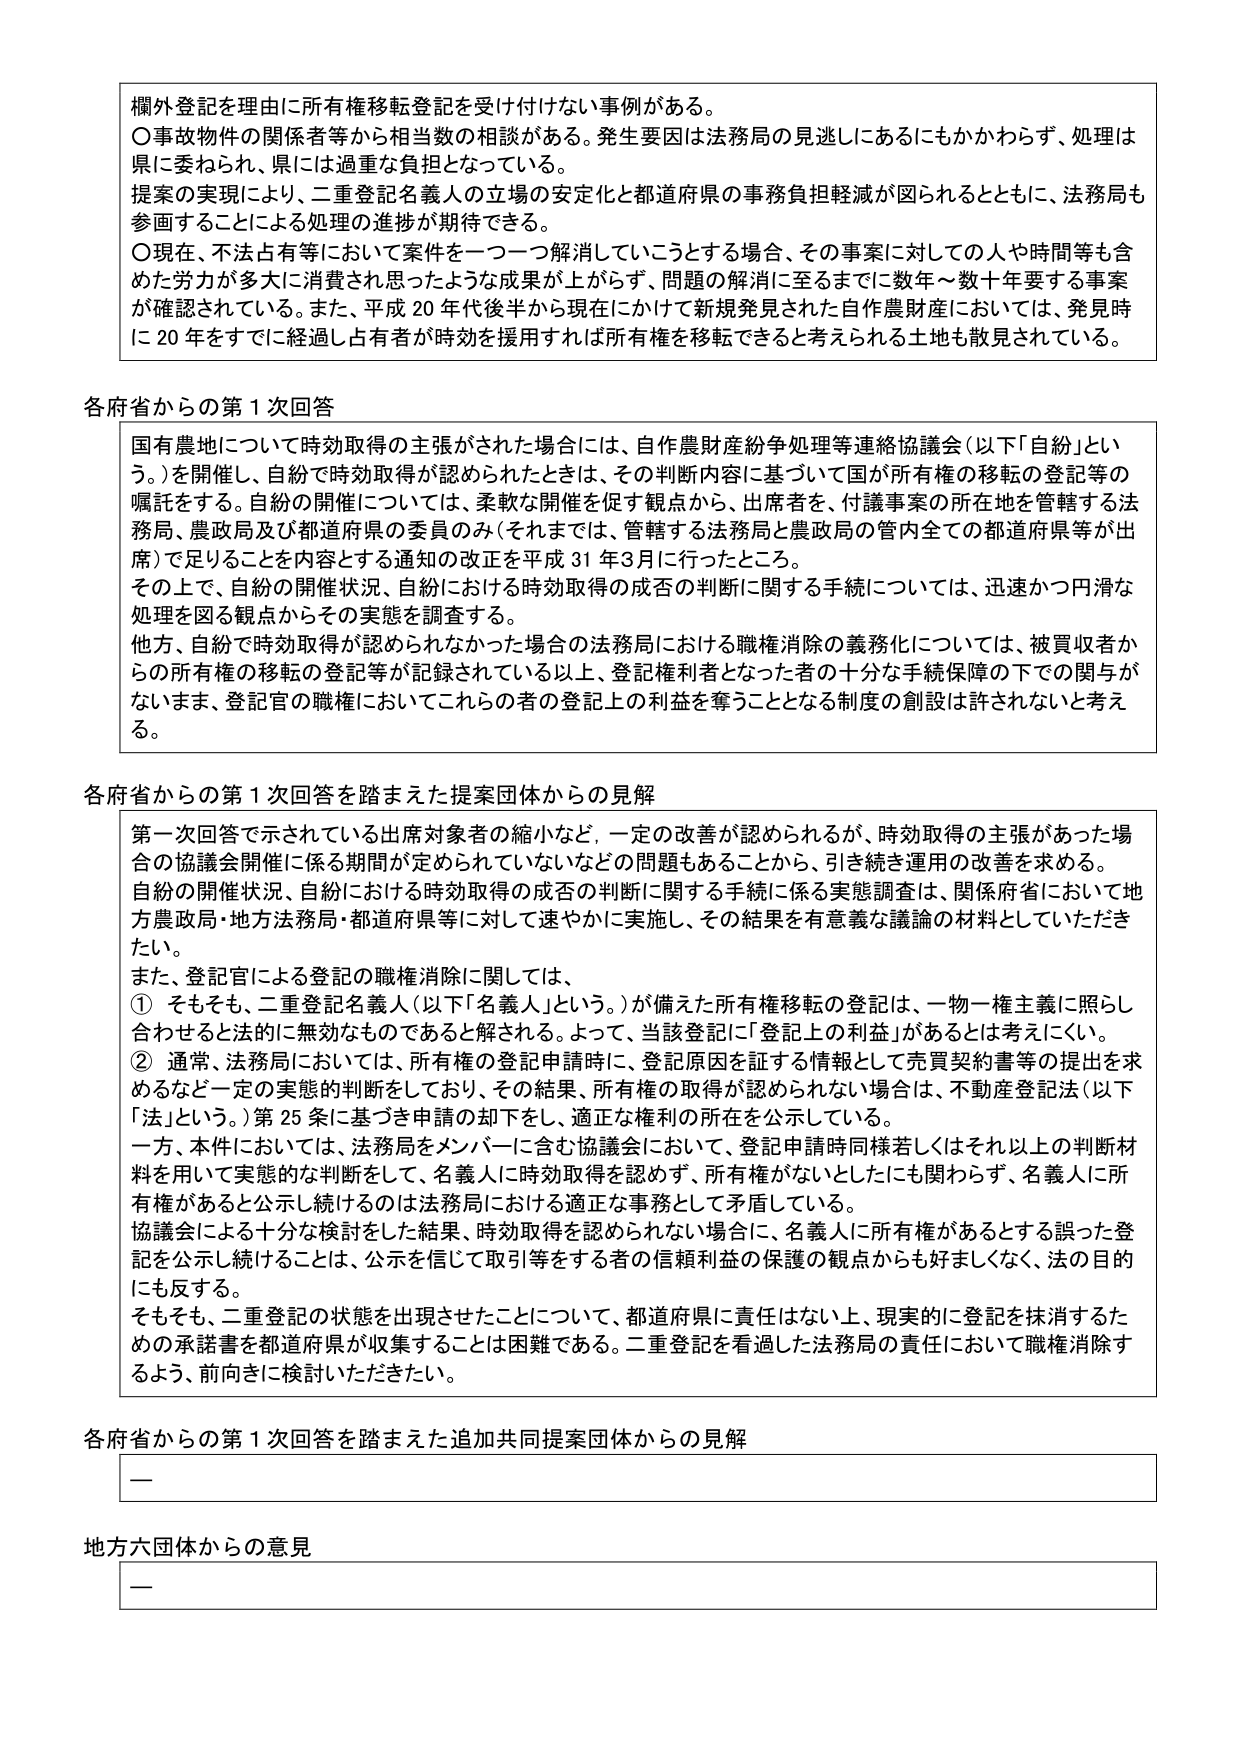
欄外登記を理由に所有権移転登記を受け付けない事例がある。
〇事故物件の関係者等から相当数の相談がある。発生要因は法務局の見逃しにあるにもかかわらず、処理は県に委ねられ、県には過重な負担となっている。
提案の実現により、二重登記名義人の立場の安定化と都道府県の事務負担軽減が図られるとともに、法務局も参画することによる処理の進捗が期待できる。
〇現在、不法占有等において案件を一つ一つ解消していこうとする場合、その事案に対しての人や時間等も含めた労力が多大に消費され思ったような成果が上がらず、問題の解消に至るまでに数年～数十年要する事案が確認されている。また、平成20年代後半から現在にかけて新規発見された自作農財産においては、発見時に20年をすでに経過し占有者が時効を援用すれば所有権を移転できると考えられる土地も散見されている。

各府省からの第1次回答
国有農地について時効取得の主張がされた場合には、自作農財産紛争処理等連絡協議会（以下「自紛」という。）を開催し、自紛で時効取得が認められたときは、その判断内容に基づいて国が所有権の移転の登記等の嘱託をする。自紛の開催については、柔軟な開催を促す観点から、出席者を、付議事案の所在地を管轄する法務局、農政局及び都道府県の委員のみ（それまでは、管轄する法務局と農政局の管内全ての都道府県等が出席）で足りることを内容とする通知の改正を平成31年3月に行ったところ。
その上で、自紛の開催状況、自紛における時効取得の成否の判断に関する手続については、迅速かつ円滑な処理を図る観点からその実態を調査する。
他方、自紛で時効取得が認められなかった場合の法務局における職権消除の義務化については、被買収者からの所有権の移転の登記等が記録されている以上、登記権利者となった者の十分な手続保障の下での関与がないまま、登記官の職権においてこれらの者の登記上の利益を奪うこととなる制度の創設は許されないと考える。

各府省からの第1次回答を踏まえた提案団体からの見解
第一次回答で示されている出席対象者の縮小など、一定の改善が認められるが、時効取得の主張があった場合の協議会開催に係る期間が定められていないなどの問題もあることから、引き続き運用の改善を求める。
自紛の開催状況、自紛における時効取得の成否の判断に関する手続に係る実態調査は、関係府省において地方農政局・地方法務局・都道府県等に対して速やかに実施し、その結果を有意義な議論の材料としていただきたい。
また、登記官による登記の職権消除に関しては、
① そもそも、二重登記名義人（以下「名義人」という。）が備えた所有権移転の登記は、一物一権主義に照らし合わせると法的に無効なものであると解される。よって、当該登記に「登記上の利益」があるとは考えにくい。
② 通常、法務局においては、所有権の登記申請時に、登記原因を証する情報として売買契約書等の提出を求めるなど一定の実態的判断をしており、その結果、所有権の取得が認められない場合は、不動産登記法（以下「法」という。）第25条に基づき申請の却下をし、適正な権利の所在を公示している。
一方、本件においては、法務局をメンバーに含む協議会において、登記申請時同様若しくはそれ以上の判断材料を用いて実態的な判断をして、名義人に時効取得を認めず、所有権がないとしたいにも関わらず、名義人に所有権があると公示し続けるのは法務局における適正な事務として矛盾している。
協議会による十分な検討をした結果、時効取得を認められない場合に、名義人に所有権があるとする誤った登記を公示し続けることは、公示を信じて取引等をする者の信頼利益の保護の観点からも好ましくなく、法の目的にも反する。
そもそも、二重登記の状態を出現させたことについて、都道府県に責任はない上、現実的に登記を抹消するための承諾書を都道府県が収集することは困難である。二重登記を看過した法務局の責任において職権消除するよう、前向きに検討いただきたい。

各府省からの第1次回答を踏まえた追加共同提案団体からの見解
—

地方六団体からの意見
—